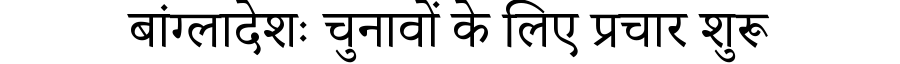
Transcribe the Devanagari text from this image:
बांग्लादेशः चुनावों के लिए प्रचार शुरू